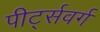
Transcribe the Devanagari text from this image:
पीर्ट्सवर्ग